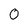
Character: 0